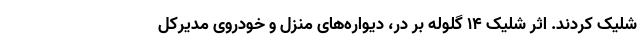
شلیک کردند. اثر شلیک ۱۴ گلوله بر در، دیواره‌های منزل و خودروی مدیرکل